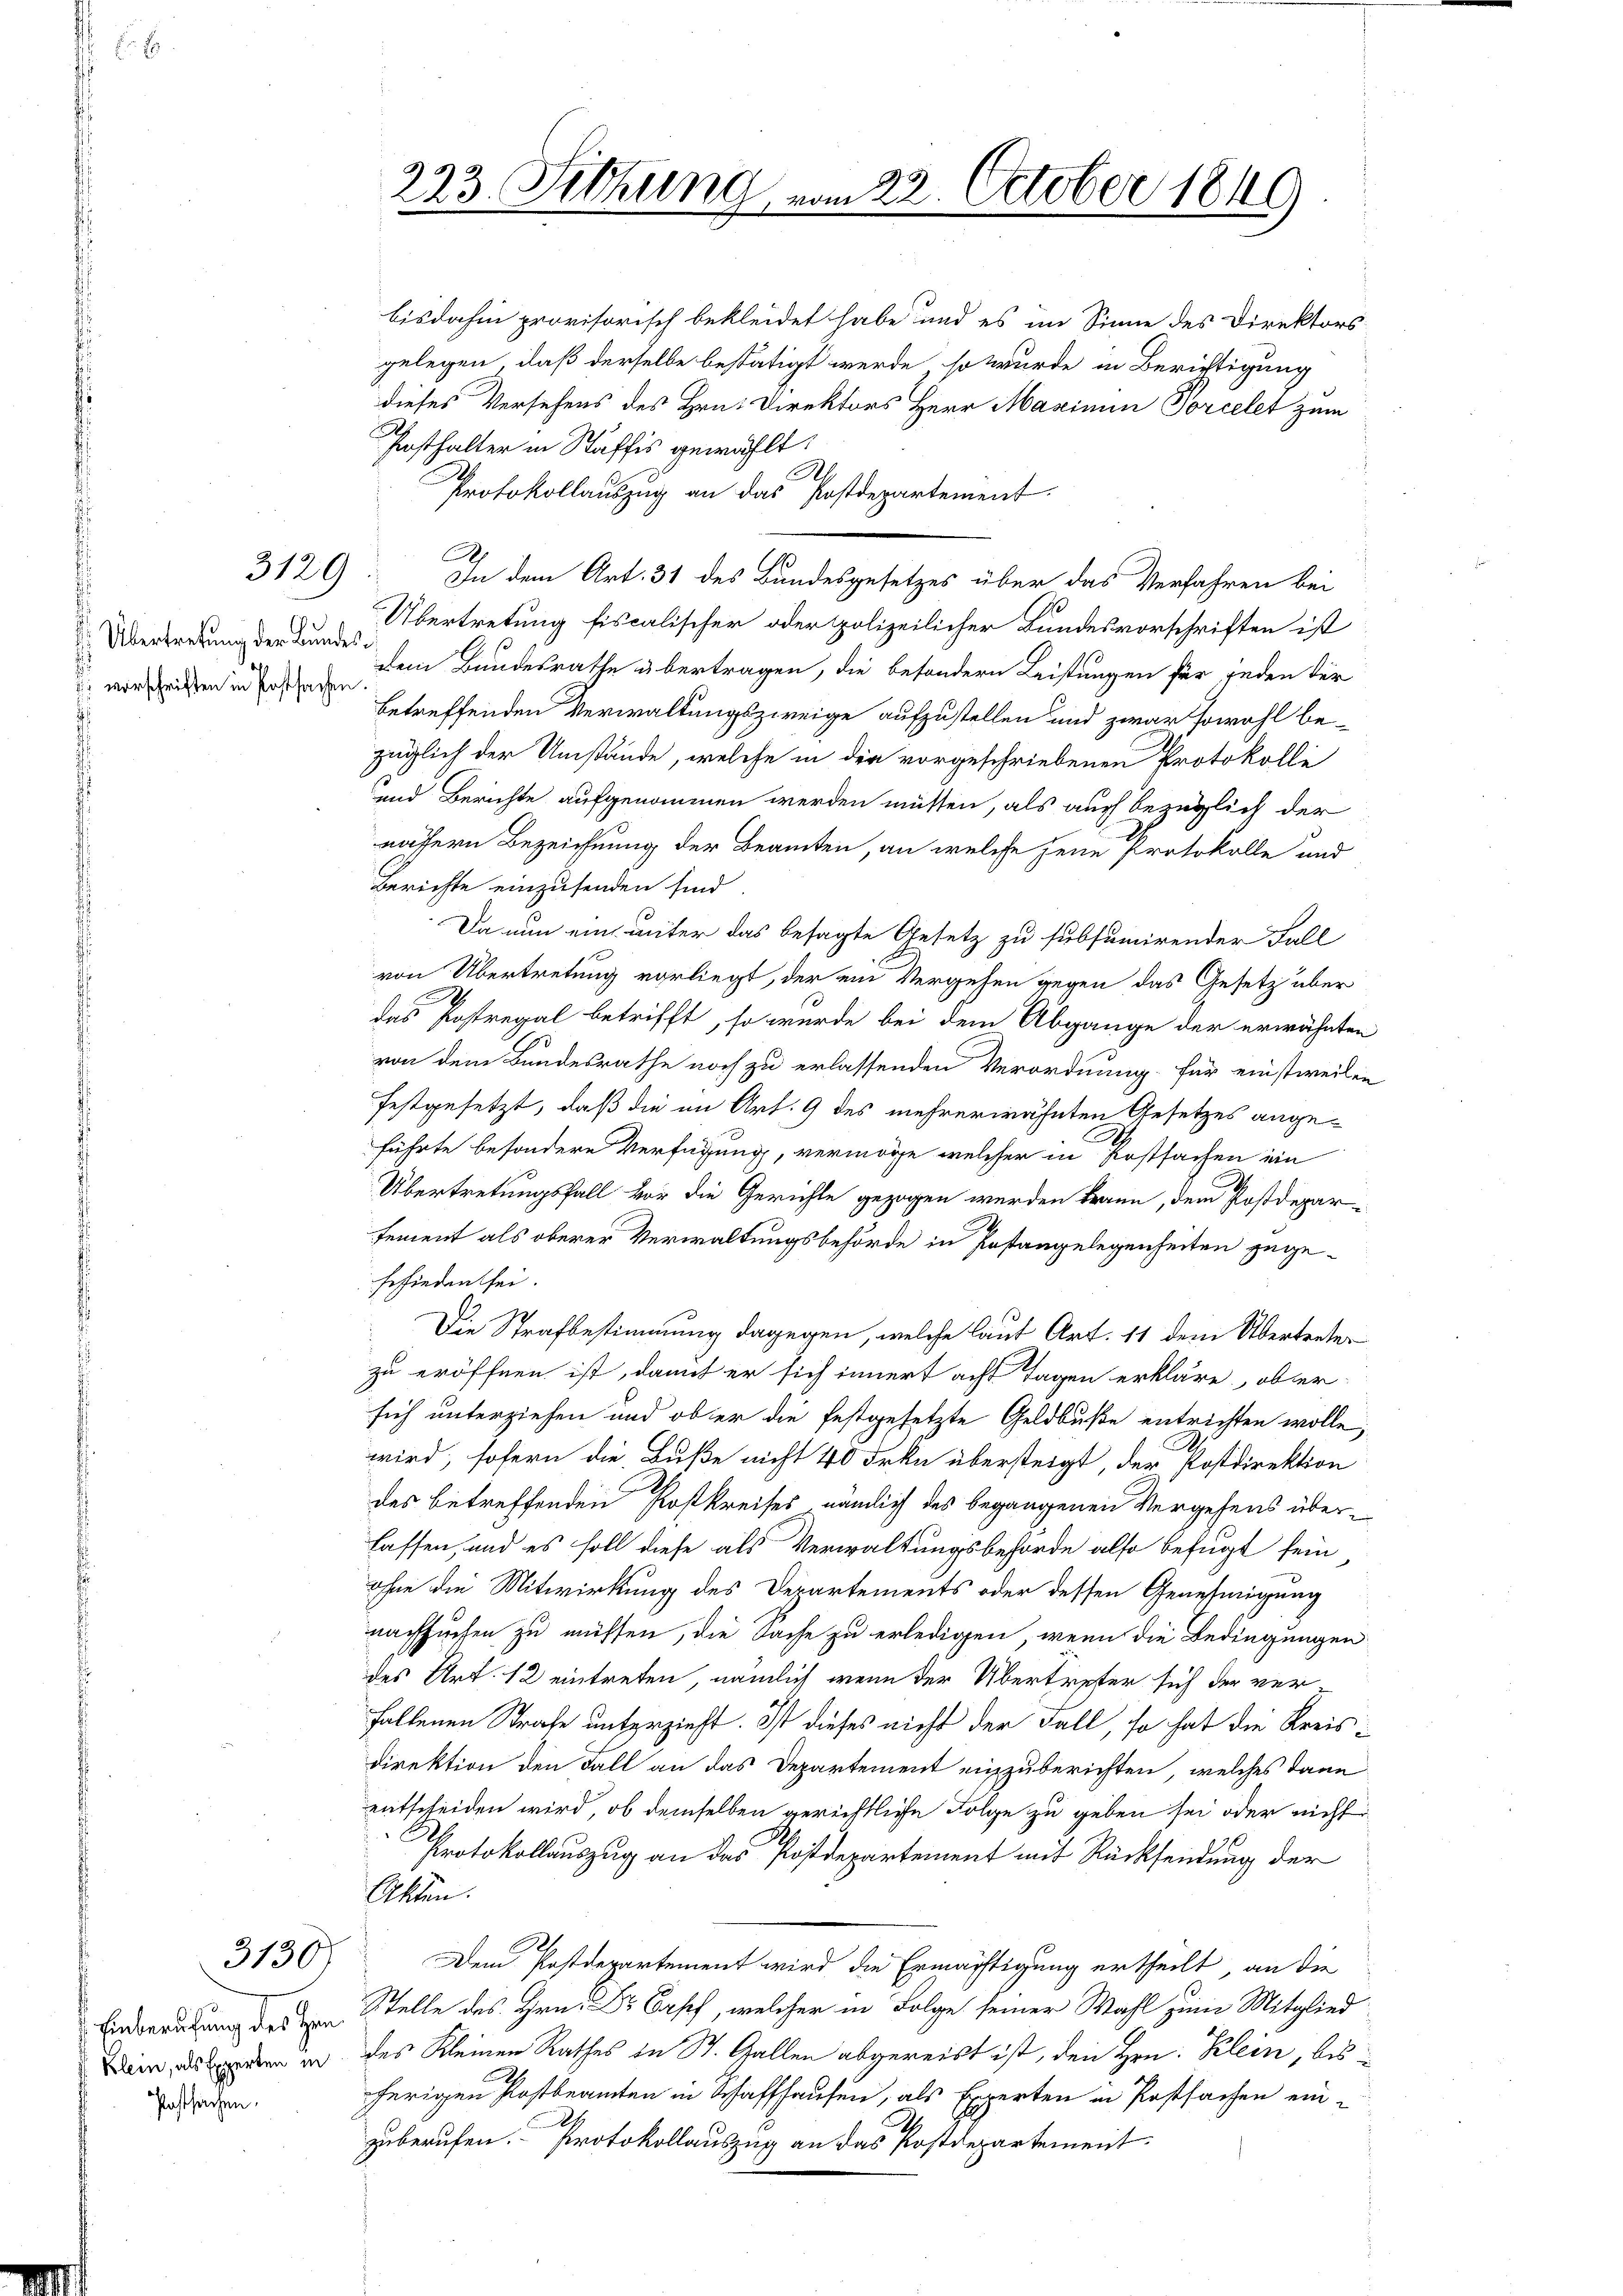
3129

S. Übertretung der Bundes¬
 vorschriften in Postsachen

3130

Klein, als Experten in
Postsachen.

223. Setzung vom 22. October 1849

bisdahin provisorisch bekleidet habe und es im Sinne des Direktors-
gelegen, daß derselbe bestätigt werde, so wurde in Berichtigung
dieses Versehens des Hrn. Direktors Herr Maximum Torcelet zum
Posthalter in Saffis gewählt.
h
Protokollauszug an das Postdepartement.
In dem Art. 31 des Bundesgesetzes über das Verfahren bei
Übertretung fiscalischer oder polizeilicher Bundesvorschriften ist
dem Bundesrathe übertragen, die besondern Leistungen für jeden der
betreffenden Verwaltungszweige aufzustellen und zwar sowohl bezüglich der Umstände, welche in die vorgeschriebenen Protokolle
und Berichte aufgenommen werden müssen, als auch bezüglich der
näfern Bezeichnung der Beamten, an welche jene Protokolle und
Berichte einzusenden sind.
Da nun ein unter das besagte Gesetz zu subsumirender Fall
von Übertretung vorliegt, der ein Vergehen gegen das Gesetz über
das Postregal betrifft, so wurde bei dem Abgange der erwähnten
von dem Bundesrathe noch zu erlassenden Verordnung für einstweilen
festgesetzt, daß die im Art. 9 des mehrerwähnten Gesetzes angeführte besondere Verfügung, vermöge, welcher in Postsachen ein
Übertretungsfall vor die Gerichte gezogen werden kann, dem Postdepar-
sement als oberer Verwaltungsbehörde in Postangelegenheiten zugesefinden sei.
d
Die Strafbestimmung dagegen, welche laut Art. 11 dem Übertreter
zu eröffnen ist, damit er sich innert acht Tagen erkläre, obsersich unterziehen und ob er die festgesetzte Geldbuße entrichten wolle,
wird, sofern die Buße nicht 40 Frkn übersteigt, der Postdirektion
des betreffenden Postkreises, nämlich des begangenen Vergehens überlassen, und es soll diese als Verwaltungsbehörde also befugt sein
ohne die Mitwirkung des Departements oder dessen Genehmigung
nachsuchen zu müssen, die Sache zu erledigen, wenn die Bedingungen
des Art. 12 eintreten, nämlich wenn der Übertreter sich der verfallenen Strafe unterzieht. Ist dieses nicht der Fall, so hat die Kreisdirektion den Fall an das Departement einzuberichten, welches dann
entscheiden wird, ob demselben gerichtliche Folge zu geben sei oder nicht
Protokollauszug an das Postdepartement mit Rücksendung der
Akten.
Dem Postdepartement wird die Ermächtigung ertheilt, an die
Einberatung des Stelle des Hrn. Dr. Basel, welcher in Folge seiner Wahl zum Mitglied
des Kleinen Rathes in St. Gallen abgereist ist, den Hrn. Klein, bis
herigen Postbeamten in Schaffhausen, als Experten in Postsachen ein-
zuberufen. Protokollauszug an das Postdepartement.